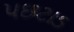
પછટાડ